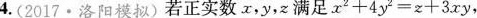
4.(2017·洛阳模拟)若正实数x，y，z满足x2+4y2=z+3xy，